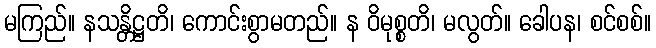
မကြည်။ နသန္တိဋ္ဌတိ၊ ကောင်းစွာမတည်။ န ဝိမုစ္စတိ၊ မလွတ်။ ခေါပန၊ စင်စစ်။